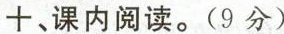
十、课内阅读。(9分)